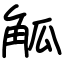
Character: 觚